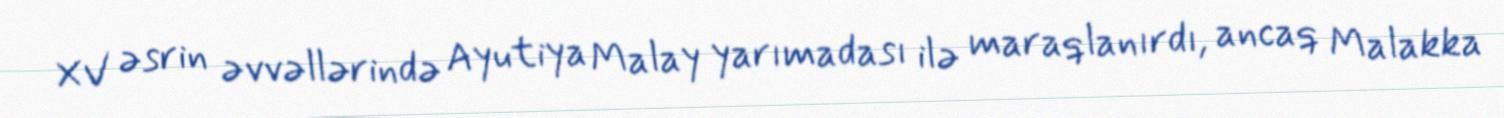
XV əsrin əvvəllərində Ayutiya Malay yarımadası ilə maraqlanırdı, ancaq Malakka